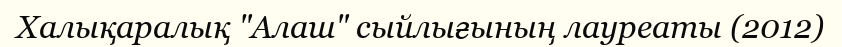
Халықаралық "Алаш" сыйлығының лауреаты (2012)